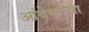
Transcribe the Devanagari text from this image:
आंदेकरचा